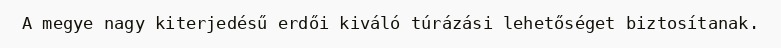
A megye nagy kiterjedésű erdői kiváló túrázási lehetőséget biztosítanak.